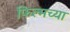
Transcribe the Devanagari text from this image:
फिल्मच्या